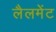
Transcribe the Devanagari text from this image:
लैलमेंट